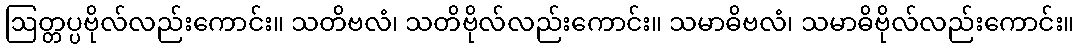
ဩတ္တပ္ပဗိုလ်လည်းကောင်း။ သတိဗလံ၊ သတိဗိုလ်လည်းကောင်း။ သမာဓိဗလံ၊ သမာဓိဗိုလ်လည်းကောင်း။